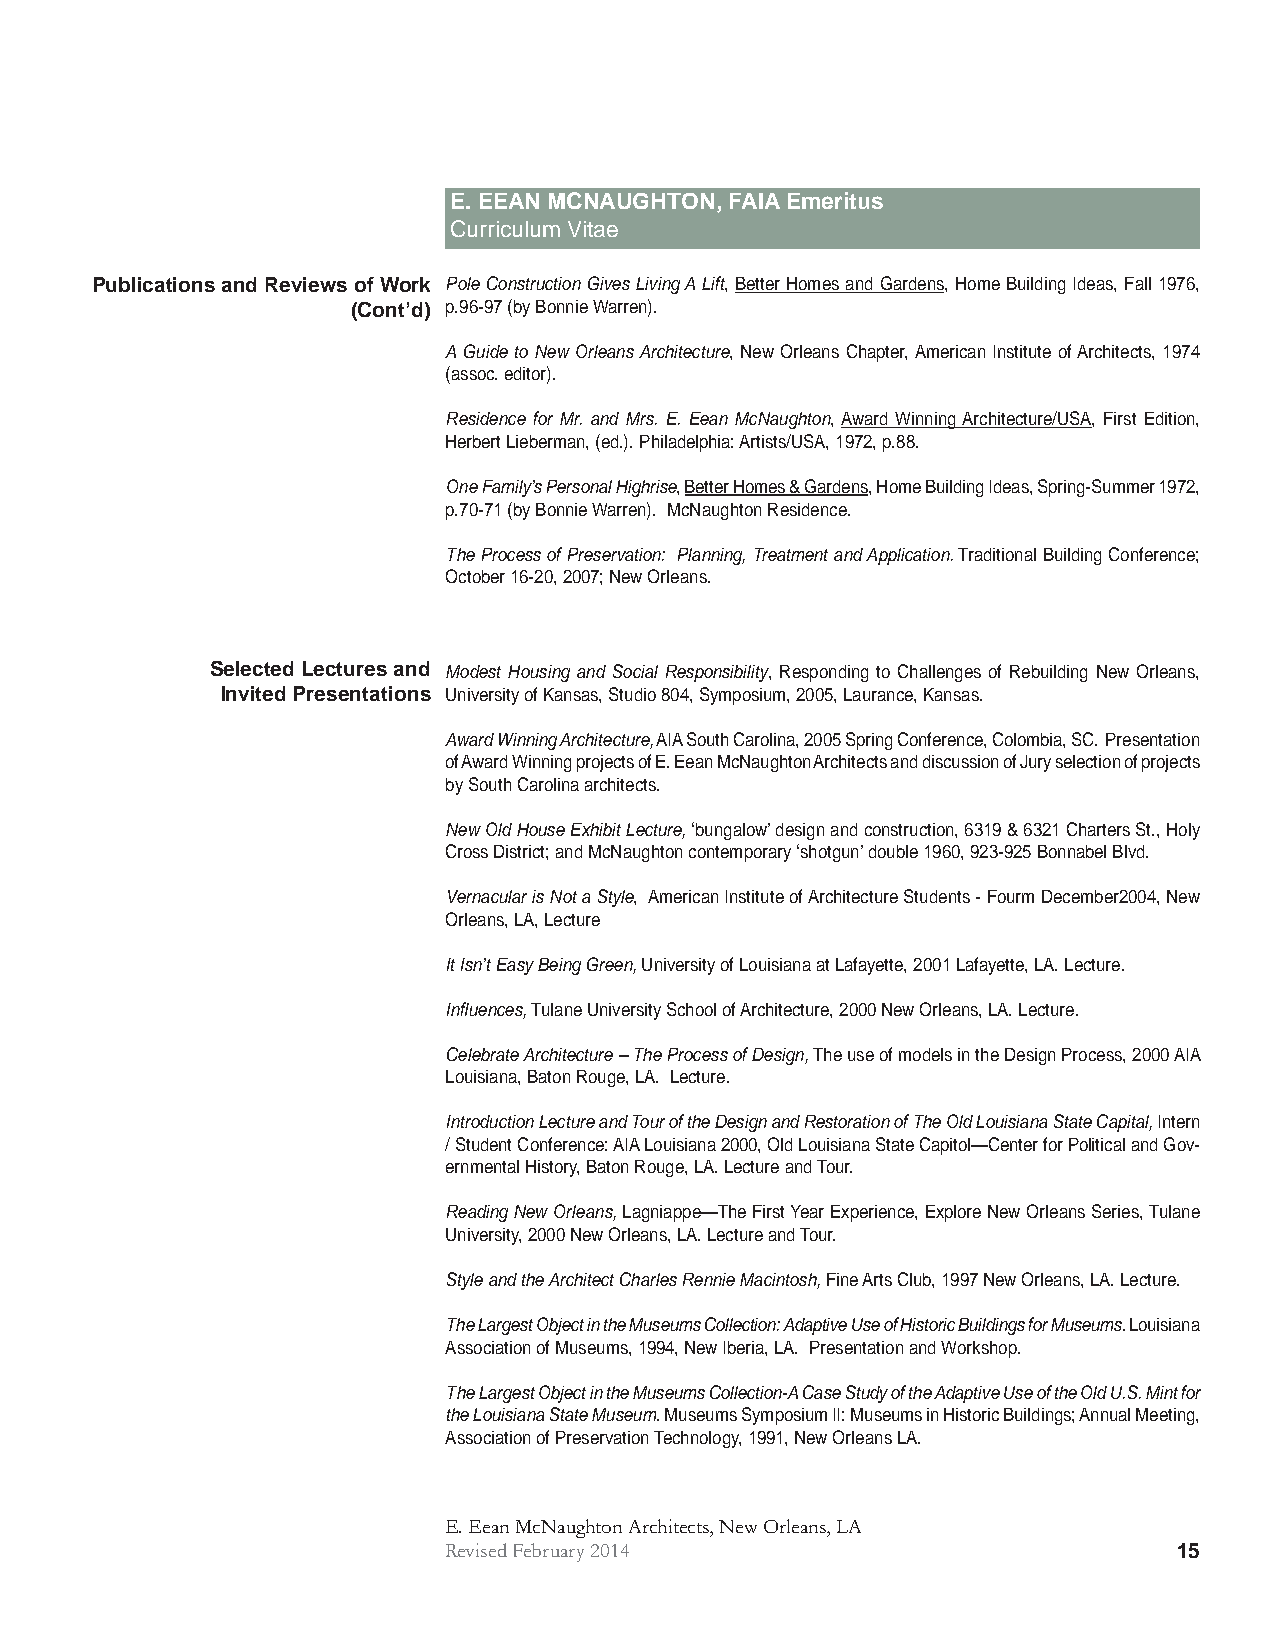
E. EEAN MCNAUGHTON, FAIA Emeritus
 Curriculum Vitae
 Publications and Reviews of Work Pole Construction Gives Living A Lift, Better Homes and Gardens, Home Building Ideas, Fall 1976,
 (Cont’d) p.96-97 (by Bonnie Warren).
 A Guide to New Orleans Architecture, New Orleans Chapter, American Institute of Architects, 1974
 (assoc. editor).
 Residence for Mr. and Mrs. E. Eean McNaughton, Award Winning Architecture/USA, First Edition,
 Herbert Lieberman, (ed.). Philadelphia: Artists/USA, 1972, p.88.
 One Family’s Personal Highrise, Better Homes & Gardens, Home Building Ideas, Spring-Summer 1972,
 p.70-71 (by Bonnie Warren). McNaughton Residence.
 The Process of Preservation: Planning, Treatment and Application. Traditional Building Conference;
 October 16-20, 2007; New Orleans.
 Selected Lectures and Modest Housing and Social Responsibility, Responding to Challenges of Rebuilding New Orleans,
 Invited Presentations University of Kansas, Studio 804, Symposium, 2005, Laurance, Kansas.
 Award Winning Architecture, AIA South Carolina, 2005 Spring Conference, Colombia, SC. Presentation
 of Award Winning projects of E. Eean McNaughton Architects and discussion of Jury selection of projects
 by South Carolina architects.
 New Old House Exhibit Lecture, ‘bungalow’ design and construction, 6319 & 6321 Charters St., Holy
 Cross District; and McNaughton contemporary ‘shotgun’ double 1960, 923-925 Bonnabel Blvd.
 Vernacular is Not a Style, American Institute of Architecture Students - Fourm December2004, New
 Orleans, LA, Lecture
 It Isn’t Easy Being Green, University of Louisiana at Lafayette, 2001 Lafayette, LA. Lecture.
 Infl uences, Tulane University School of Architecture, 2000 New Orleans, LA. Lecture.
 Celebrate Architecture – The Process of Design, The use of models in the Design Process, 2000 AIA
 Louisiana, Baton Rouge, LA. Lecture.
 Introduction Lecture and Tour of the Design and Restoration of The Old Louisiana State Capital, Intern
 / Student Conference: AIA Louisiana 2000, Old Louisiana State Capitol—Center for Political and Gov-
 ernmental History, Baton Rouge, LA. Lecture and Tour.
 Reading New Orleans, Lagniappe—The First Year Experience, Explore New Orleans Series, Tulane
 University, 2000 New Orleans, LA. Lecture and Tour.
 Style and the Architect Charles Rennie Macintosh, Fine Arts Club, 1997 New Orleans, LA. Lecture.
 The Largest Object in the Museums Collection: Adaptive Use of Historic Buildings for Museums. Louisiana
 Association of Museums, 1994, New Iberia, LA. Presentation and Workshop.
 The Largest Object in the Museums Collection-A Case Study of the Adaptive Use of the Old U.S. Mint for
 the Louisiana State Museum. Museums Symposium II: Museums in Historic Buildings; Annual Meeting,
 Association of Preservation Technology, 1991, New Orleans LA.
 E. Eean McNaughton Architects, New Orleans, LA
 Revised February 2014                            15